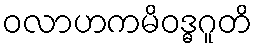
ဝလာဟကမိဝဒ္ဓဂူတိ